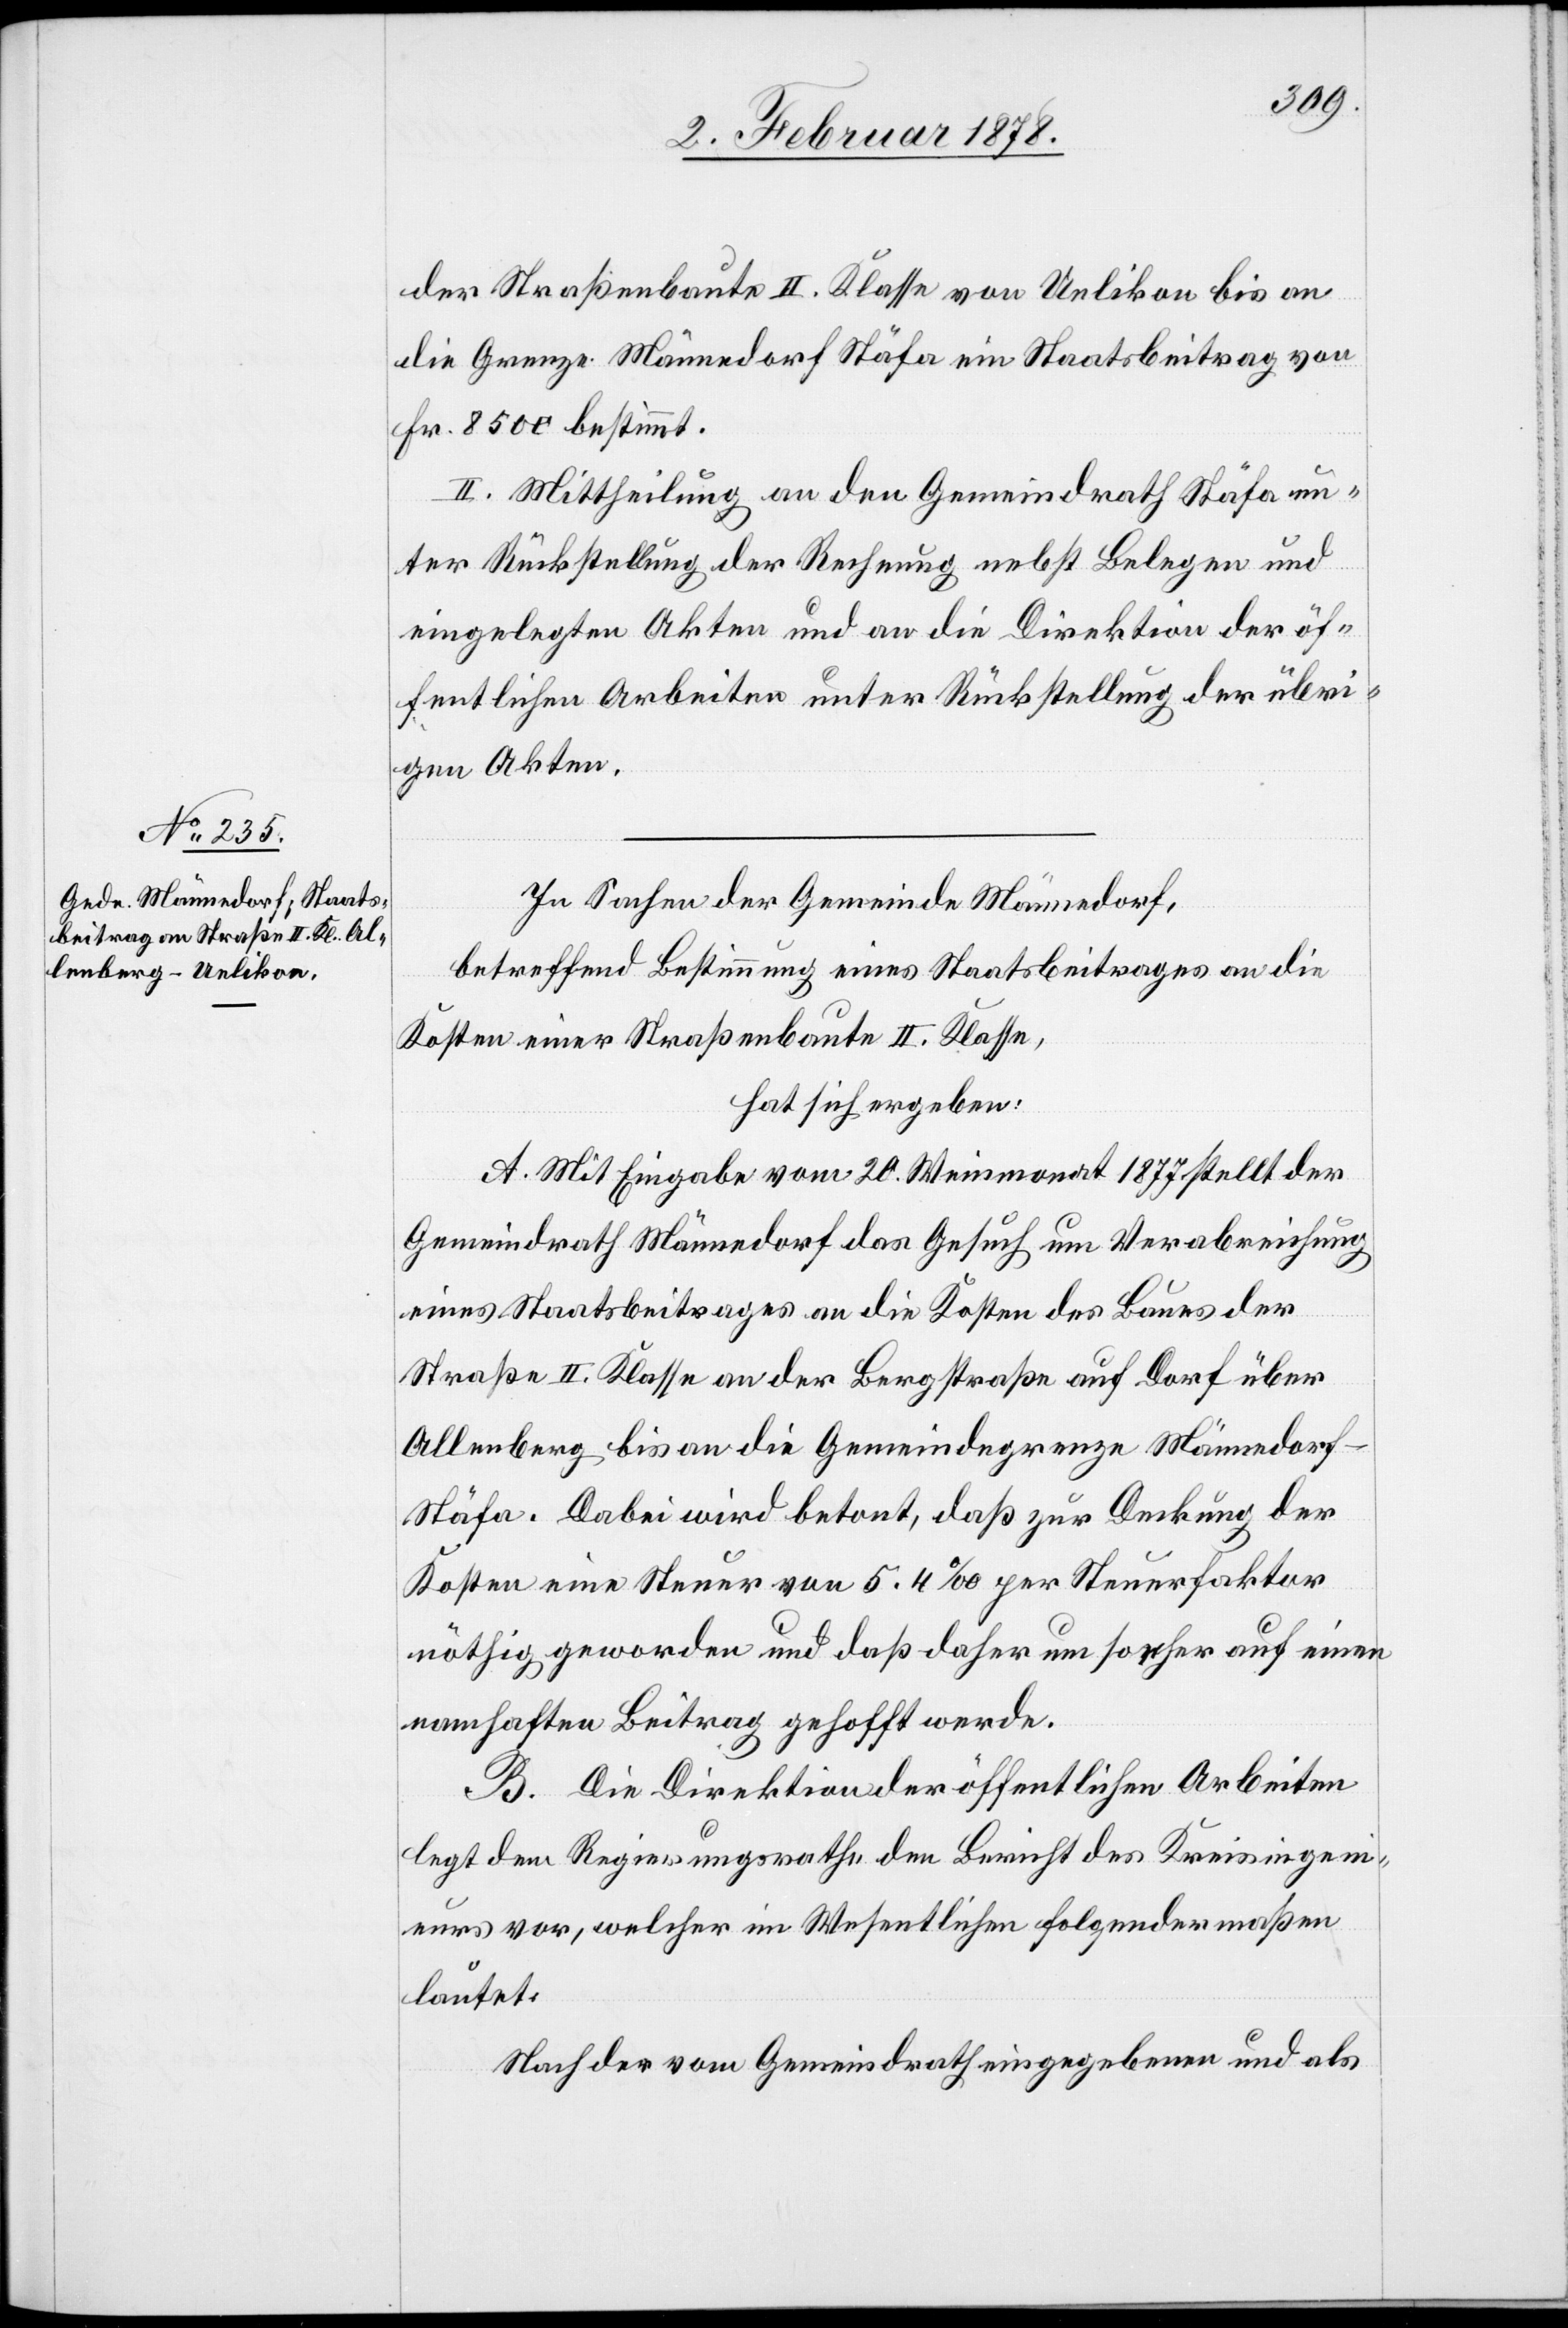
der Straßenbaute II. Klasse von Uelikon bis an
die Grenze Männedorf Stäfa ein Staatsbeitrag von
Fr. 8500 bestimmt.
II. Mittheilung an den Gemeindrath Stäfa un¬
ter Rückstellung der Rechnung nebst Belegen und
eingelegten Akten und an die Direktion der öf¬
fentlichen Arbeiten unter Rückstellung der übri¬
gen Akten.
In Sachen der Gemeinde Männedorf,
betreffend Bestimmung eines Staatsbeitrages an die
Kosten einer Straßenbaute II. Klasse,
hat sich ergeben:
A. Mit Eingabe vom 20. Weinmonat 1877 stellt der
Gemeindrath Männedorf das Gesuch um Verabreichung
eines Staatsbeitrages an die Kosten des Baues der
Straße II. Klasse an der Bergstraße auf Dorf über
Allenberg bis an die Gemeindegrenze Männedorf–S¬
täfa. Dabei wird betont, daß zur Deckung der
Kosten eine Steuer von 5.4‰ per Steuerfaktor
nöthig geworden und daß daher um so eher auf einen
namhaften Beitrag gehofft werde.
B. Die Direktion der öffentlichen Arbeiten
legt dem Regierungsrathe den Bericht des Kreisingeni¬
eurs vor, welcher im Wesentlichen folgendermaßen
lautet:
Nach der vom Gemeindrath eingegebenen und als